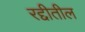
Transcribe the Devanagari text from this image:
रद्दीतील